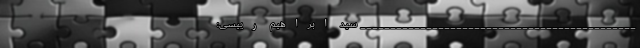
______________________________________________ سید ابراهیم رییسی: